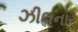
ઝીલનાર